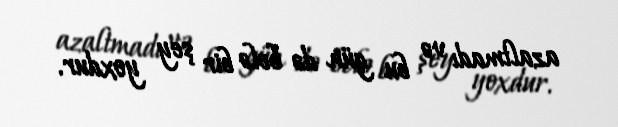
azaltmadı və bu gün də belə bir şey yoxdur.